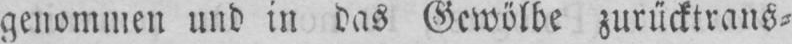
genommen und in das Gewölbe zurücktrans⸗